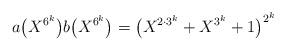
LaTeX: \begin{align*}a\big(X^{6^k}\big) b\big(X^{6^k}\big) = \big( X^{2 \cdot 3^k} + X^{3^k} + 1 \big)^{2^k}\end{align*}